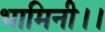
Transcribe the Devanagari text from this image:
भामिनी।।